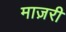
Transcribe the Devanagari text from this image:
माज़री